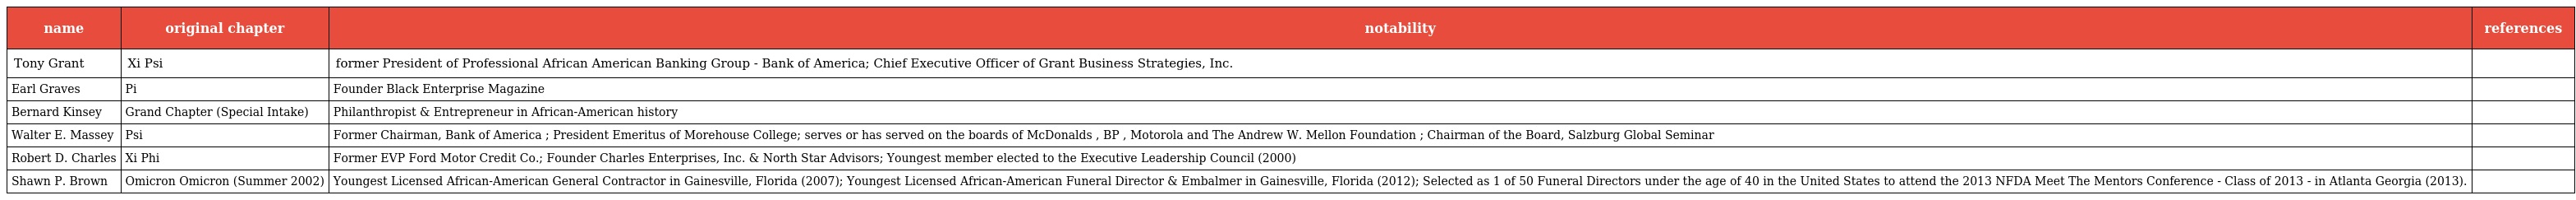
| name | original chapter | notability | references |
 | --- | --- | --- | --- |
 | Tony Grant | Xi Psi | former President of Professional African American Banking Group - Bank of America; Chief Executive Officer of Grant Business Strategies, Inc. |  |
 | Earl Graves | Pi | Founder Black Enterprise Magazine |  |
 | Bernard Kinsey | Grand Chapter (Special Intake) | Philanthropist & Entrepreneur in African-American history |  |
 | Walter E. Massey | Psi | Former Chairman, Bank of America ; President Emeritus of Morehouse College; serves or has served on the boards of McDonalds , BP , Motorola and The Andrew W. Mellon Foundation ; Chairman of the Board, Salzburg Global Seminar |  |
 | Robert D. Charles | Xi Phi | Former EVP Ford Motor Credit Co.; Founder Charles Enterprises, Inc. & North Star Advisors; Youngest member elected to the Executive Leadership Council (2000) |  |
 | Shawn P. Brown | Omicron Omicron (Summer 2002) | Youngest Licensed African-American General Contractor in Gainesville, Florida (2007); Youngest Licensed African-American Funeral Director & Embalmer in Gainesville, Florida (2012); Selected as 1 of 50 Funeral Directors under the age of 40 in the United States to attend the 2013 NFDA Meet The Mentors Conference - Class of 2013 - in Atlanta Georgia (2013). |  |